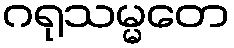
ဂရုသမ္မတေ